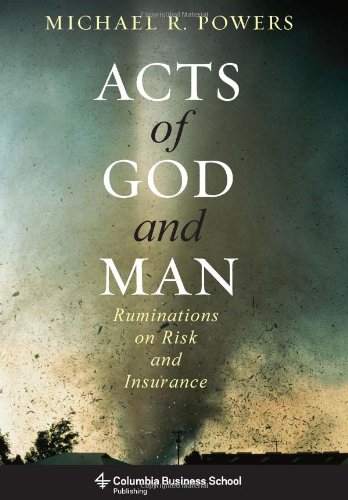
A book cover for Acts of God and Man: Ruminations on Risk and Insurance (Columbia Business School Publishing); Michael R. Powers; Business & Money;